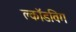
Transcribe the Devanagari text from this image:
क्लॉडविग